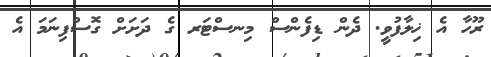
ރޫހާ އެ ޚިލާފުވީ. ދެން ޑިފެންސް މިނސްޓަރ ގެ ދަށަށް ގޮސްފިނަމަ އެ